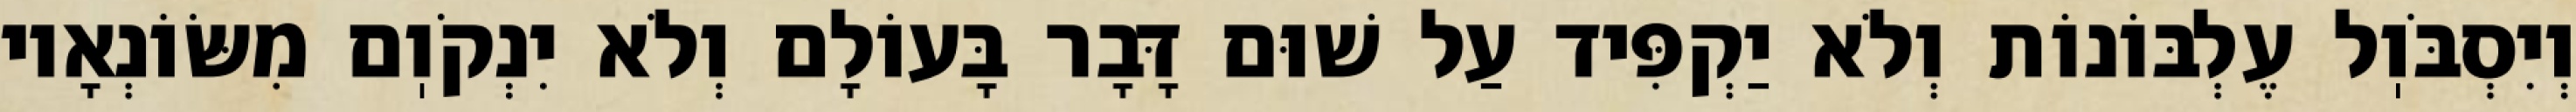
וְיִסְבֹּוֽל עֶלְבּוֹנוֹת וְלֹא יַקְפִּיד עַל שׁוּם דָּבָר בָּעוֹלָם וְלֹא יִנְקֹוֽם מִשּׂוֹנְאָיו